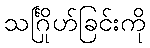
သင်္ဂြိုဟ်ခြင်းကို